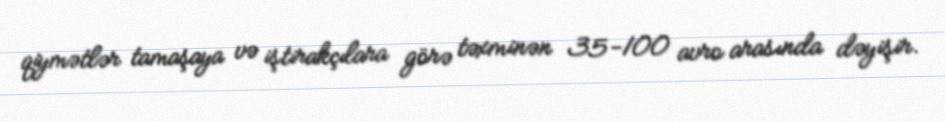
qiymətlər tamaşaya və iştirakçılara görə təxminən 35-100 avro arasında dəyişir.